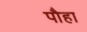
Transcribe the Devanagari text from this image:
पौहा